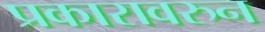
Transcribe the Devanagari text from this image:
प्रकारावरुन